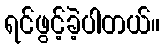
ရင်ဖွင့်ခဲ့ပါတယ်။